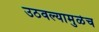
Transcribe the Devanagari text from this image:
उठवल्यामुळेच